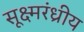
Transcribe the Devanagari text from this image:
सूक्ष्मरंध्रीय